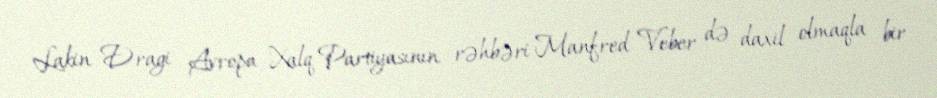
Lakin Dragi Avropa Xalq Partiyasının rəhbəri Manfred Veber də daxil olmaqla bir